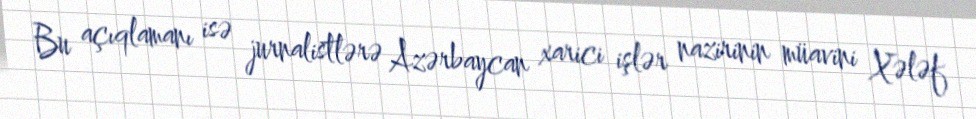
Bu açıqlamanı isə jurnalistlərə Azərbaycan xarici işlər nazirinin müavini Xələf